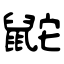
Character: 鼧